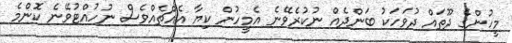
މީހުންގެ ދޫތައް ދުވަހަކު ބަންދެއް ނުކުރެވޭނެ އެމީހުން ކިޔާ އެއްޗެއްވެސް ނުހުއްޓުވޭނެ ކޮންމެ